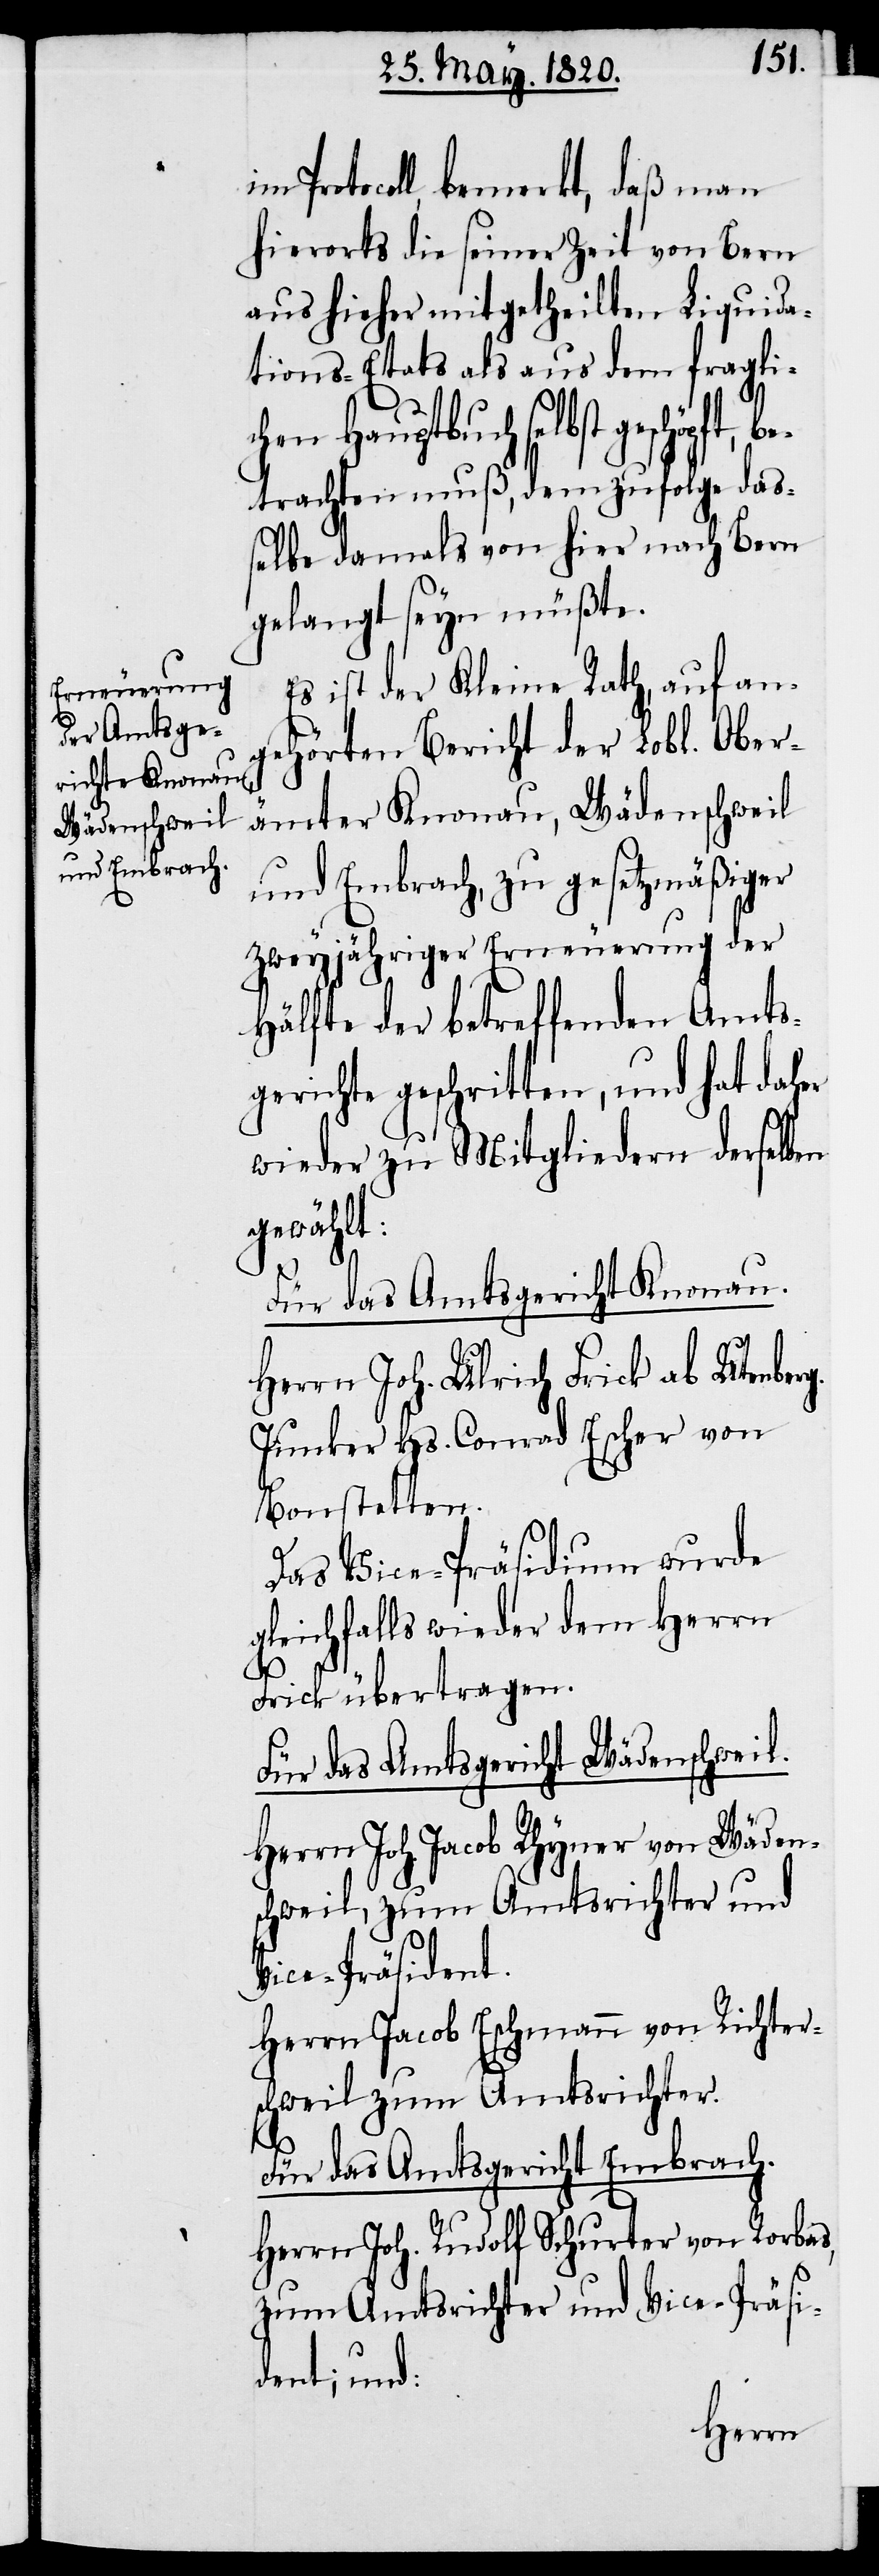
im Protocoll, bemerkt, daß man
hierorts die seiner Zeit von Bern
aus hieher mitgetheilten Liquida¬
tions-Etats als aus dem fragli¬
chen Hauptbuch selbst
betrachten muß, dem zufolge das¬
selbe damals von hier nach Bern
gelangt seyn müßte.
Es ist der Kleine Rath, auf ang¬
ehörten Bericht der Lobl. Ober¬
ämter Knonau, Wädenschweil
und Embrach, zu gesetzmäßiger
zweyjähriger Erneuerung der
Hälfte der betreffenden Amts¬
gerichte geschritten, und hat daher
wieder zu Mitgliedern derselben
gewählt:
g.
Für das Amtsgericht Knonau.
Herrn Joh. Ulrich Frick ab Utenber¬
Junker Hs. Conrad Escher von
Bonstetten.
Das Vice-Präsidium wurde
gleichfalls wieder dem Herrn
Frick übertragen.
Für das Amtsgericht Wädenschweil.
Herrn Joh. Jacob Rhyner von Wäden¬
schweil, zum Amtsrichter und
Vice-Präsident.
Herrn Jacob Eschmann von Richter¬
schweil zum Amtsrichter.
Für das Amtsgericht Embrach.
Herrn Joh. Rudolf Schurter von Rorbas,
zum Amtsrichter und Vice-Präsi¬
dent; und: